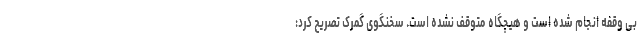
بی وقفه انجام شده است و هیچگاه متوقف نشده است. سخنگوی گمرک تصریح کرد: